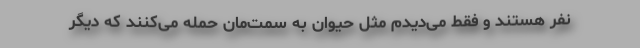
نفر هستند و فقط می‌دیدم مثل حیوان به سمت‌مان حمله می‌کنند که دیگر